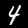
Label: 4